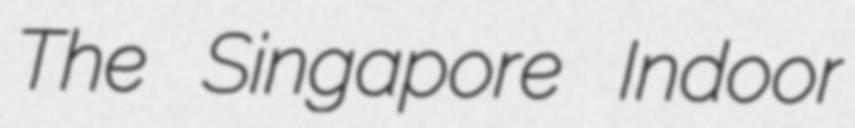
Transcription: The Singapore Indoor